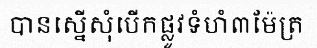
បានស្នើសុំបើកផ្លូវទំហំ៣ម៉ែត្រ